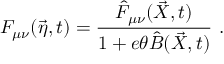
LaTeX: F _ { \mu \nu } ( \vec { \eta } , t ) = \frac { \hat { F } _ { \mu \nu } ( \vec { X } , t ) } { 1 + e \theta \hat { B } ( \vec { X } , t ) } \ .